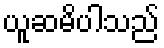
ယူဆမိပါသည်